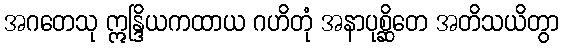
အဂတေသု ဣန္ဒြိယကထာယ ဂဟိတုံ အနာပုစ္ဆိတေ အတိသယိတွာ